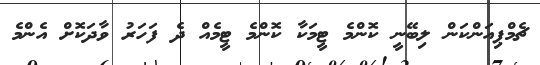
ޗެމްޕިއަންކަން ލިބޭނީ ކޮންމެ ޓީމަކާ ކޮންމެ ޓީމެއް ދެ ފަހަރު ވާދަކޮށް އެންމެ